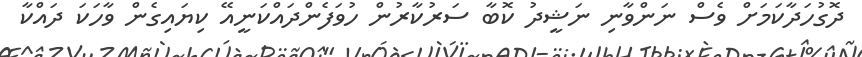
ދޮގުހަދާކަމަށް ވެސް ނަންވާނި ނަޝީދު ކޮބާ ސަރުކާރުން ހުވަފެންދައްކަނީއޭ ކިޔައިގެން ވާހަކަ ދައްކާ